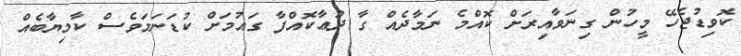
ކޮވިޑުޖެހޭ މީހުން ގިނަވާއިރަށް ކޮއްމެ ނަމާދެއް ގާ ދުޢާކޮއްފާ ގައުމަށް ކުޑަނަމަވެސް ކާމިޔާބެއް